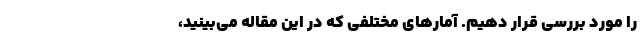
را مورد بررسی قرار دهیم. آمارهای مختلفی که در این مقاله می‌بینید،